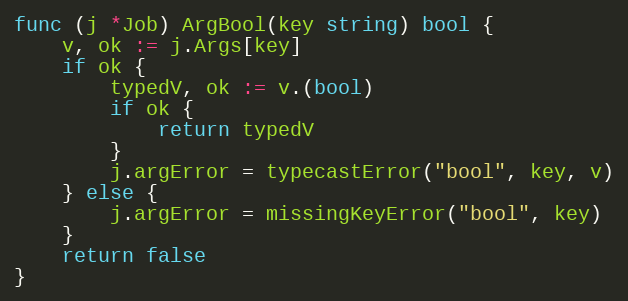
Language: Go
func (j *Job) ArgBool(key string) bool {
	v, ok := j.Args[key]
	if ok {
		typedV, ok := v.(bool)
		if ok {
			return typedV
		}
		j.argError = typecastError("bool", key, v)
	} else {
		j.argError = missingKeyError("bool", key)
	}
	return false
}